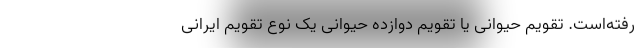
رفته‌است. تقویم حیوانی یا تقویم دوازده حیوانی یک نوع تقویم ایرانی